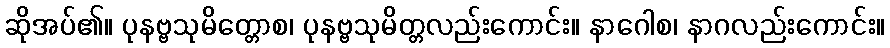
ဆိုအပ်၏။ ပုနဗ္ဗသုမိတ္တောစ၊ ပုနဗ္ဗသုမိတ္တလည်းကောင်း။ နာဂေါစ၊ နာဂလည်းကောင်း။